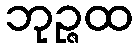
ဘုဉ္ဇထ